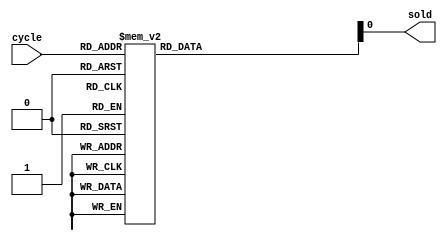
module tbseq(
  output sold,
  input [2:0] cycle);
  reg [2:0] regsold = 0;
  assign sold = regsold;
  always @(cycle) begin
    regsold = 0;
    case(cycle)
      4'h0:
      	regsold = 1;
      4'h1, 4'h2, 4'h3, 4'h4,
      4'h5, 4'h6, 4'h7:
        regsold = 0;
      default:
        regsold = 1'bx;
    endcase
  end
endmodule